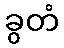
ခွတံ